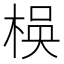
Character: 𬃃